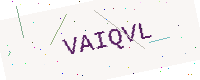
Text: VAIQVL